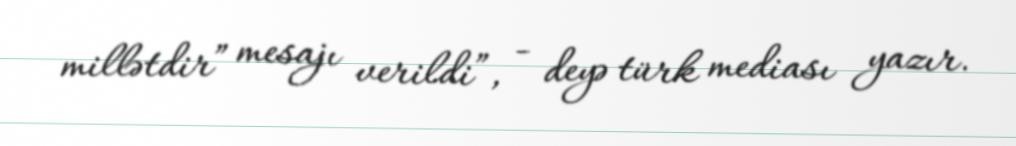
millətdir” mesajı verildi”, - deyə türk mediası yazır.